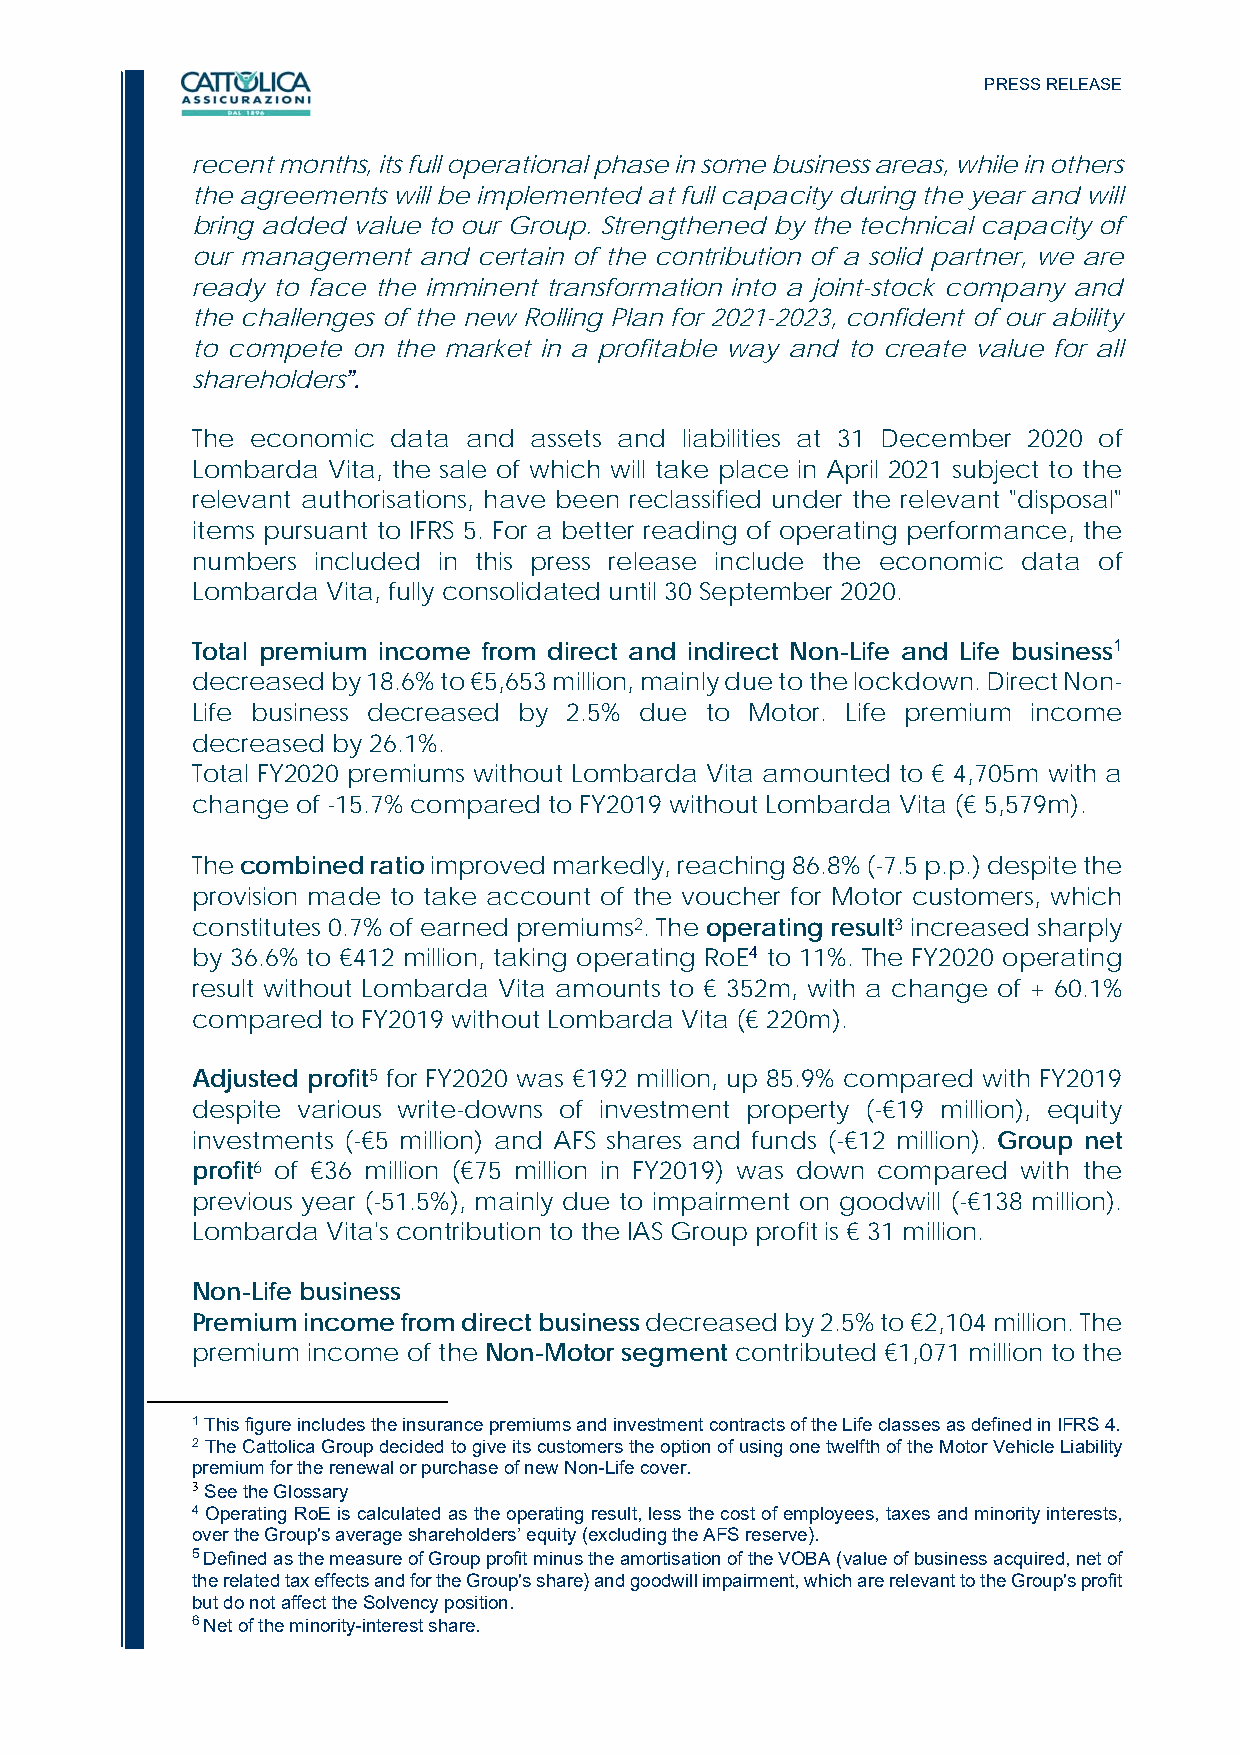
PRESS RELEASE
 recent months, its full operational phase in some business areas, while in others
 the agreements will be implemented at full capacity during the year and will
 bring added value to our Group. Strengthened by the technical capacity of
 our management and certain of the contribution of a solid partner, we are
 ready to face the imminent transformation into a joint-stock company and
 the challenges of the new Rolling Plan for 2021-2023, confident of our ability
 to compete on the market in a profitable way and to create value for all
 shareholders”.
 The economic data and assets and liabilities at 31 December 2020 of
 Lombarda Vita, the sale of which will take place in April 2021 subject to the
 relevant authorisations, have been reclassified under the relevant "disposal"
 items pursuant to IFRS 5. For a better reading of operating performance, the
 numbers included in this press release include the economic data of
 Lombarda Vita, fully consolidated until 30 September 2020.
 Total premium income from direct and indirect Non-Life and Life business1
 decreased by 18.6% to €5,653 million, mainly due to the lockdown. Direct Non-
 Life business decreased by 2.5% due to Motor. Life premium income
 decreased by 26.1%.
 Total FY2020 premiums without Lombarda Vita amounted to € 4,705m with a
 change of -15.7% compared to FY2019 without Lombarda Vita (€ 5,579m).
 The combined ratio improved markedly, reaching 86.8% (-7.5 p.p.) despite the
 provision made to take account of the voucher for Motor customers, which
 constitutes 0.7% of earned premiums2. The operating result3 increased sharply
 by 36.6% to €412 million, taking operating RoE4 to 11%. The FY2020 operating
 result without Lombarda Vita amounts to € 352m, with a change of + 60.1%
 compared to FY2019 without Lombarda Vita (€ 220m).
 Adjusted profit5 for FY2020 was €192 million, up 85.9% compared with FY2019
 despite various write-downs of investment property (-€19 million), equity
 investments (-€5 million) and AFS shares and funds (-€12 million). Group net
 profit6 of €36 million (€75 million in FY2019) was down compared with the
 previous year (-51.5%), mainly due to impairment on goodwill (-€138 million).
 Lombarda Vita's contribution to the IAS Group profit is € 31 million.
 Non-Life business
 Premium income from direct business decreased by 2.5% to €2,104 million. The
 premium income of the Non-Motor segment contributed €1,071 million to the
 1 This figure includes the insurance premiums and investment contracts of the Life classes as defined in IFRS 4.
 2 The Cattolica Group decided to give its customers the option of using one twelfth of the Motor Vehicle Liability
 premium for the renewal or purchase of new Non-Life cover.
 3 See the Glossary
 4 Operating RoE is calculated as the operating result, less the cost of employees, taxes and minority interests,
 over the Group's average shareholders’ equity (excluding the AFS reserve).
 5 Defined as the measure of Group profit minus the amortisation of the VOBA (value of business acquired, net of
 the related tax effects and for the Group's share) and goodwill impairment, which are relevant to the Group's profit
 but do not affect the Solvency position.
 6 Net of the minority-interest share.